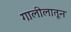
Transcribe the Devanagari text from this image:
गालीलातून